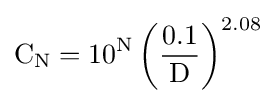
{\text{C}}_{\text{N}}=10^{\text{N}}\left({\frac {0.1}{\text{D}}}\right)^{2.08}